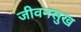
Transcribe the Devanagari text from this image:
जीवनसुख